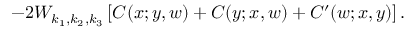
- 2 W _ { k _ { 1 } , k _ { 2 } , k _ { 3 } } \left[ C ( x ; y , w ) + C ( y ; x , w ) + C ^ { \prime } ( w ; x , y ) \right] .